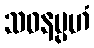
သဝနမ္ပဟံ